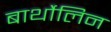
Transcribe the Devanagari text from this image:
बार्थोलिन